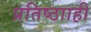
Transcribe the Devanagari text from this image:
प्रतिष्ठााही